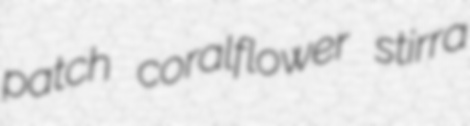
patch coralflower stirra